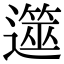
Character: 遾